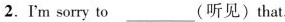
2.Im sorry to___(听见)that.